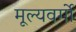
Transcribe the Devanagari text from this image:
मूल्यवर्गो